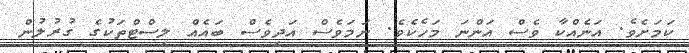
ކަމަށެވެ. އަނެއްކާ ވެސް އަންނަ މަހެކެވެ. ނަމަވެސް އަދިވެސް ބައެއް ލިސްޓްތަކުގެ ގުރުލުން